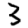
Digit: 3